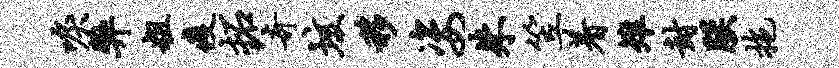
唳弊粗疫拓奇垓移姿朱笠着雉封朕拖